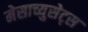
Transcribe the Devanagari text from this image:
मेसाच्युसेट्स